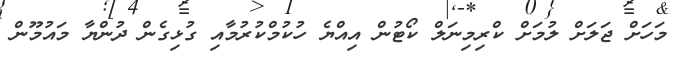
މަހަށް ޖަލަށް ލުމަށް ކްރިމިނަލް ކޯޓުން އިއްޔެ ހުކުމްކުރުމާއި ގުޅިގެން ދުންޔާ މައުމޫން